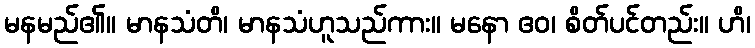
မနမည်၏။ မာနသံတိ၊ မာနသံဟူသည်ကား။ မနော ဧဝ၊ စိတ်ပင်တည်း။ ဟိ၊